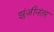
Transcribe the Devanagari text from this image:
झुंजीनंतर